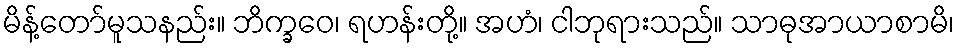
မိန့်တော်မူသနည်း။ ဘိက္ခဝေ၊ ရဟန်းတို့။ အဟံ၊ ငါဘုရားသည်။ သာဓုအာယာစာမိ၊